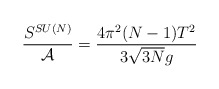
\begin{align*} \frac{S^{SU(N)}}{{\cal A}} = \frac{4\pi^2(N-1)T^2}{3\sqrt{3N}g}\end{align*}